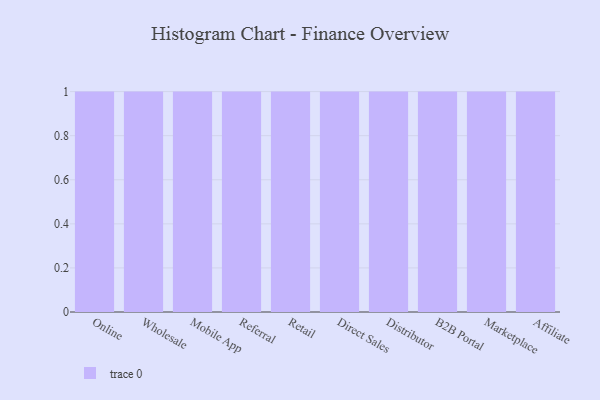
{"axis": {"x": "Channel", "y": "Production Output"}, "legend": [""], "data": [{"x": "Online", "y": 87, "type": ""}, {"x": "Wholesale", "y": 96, "type": ""}, {"x": "Mobile App", "y": 43, "type": ""}, {"x": "Referral", "y": 33, "type": ""}, {"x": "Retail", "y": 28, "type": ""}, {"x": "Direct Sales", "y": 51, "type": ""}, {"x": "Distributor", "y": 37, "type": ""}, {"x": "B2B Portal", "y": 80, "type": ""}, {"x": "Marketplace", "y": 72, "type": ""}, {"x": "Affiliate", "y": 70, "type": ""}]}